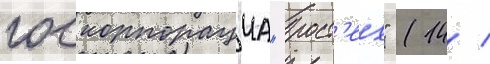
госкорпорациа "рост'ех" (14 /